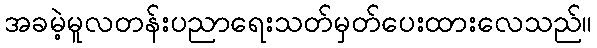
အခမဲ့မူလတန်းပညာရေးသတ်မှတ်ပေးထားလေသည်။